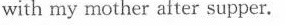
with my mother after supper.